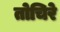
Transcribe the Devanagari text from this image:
तोचिरे